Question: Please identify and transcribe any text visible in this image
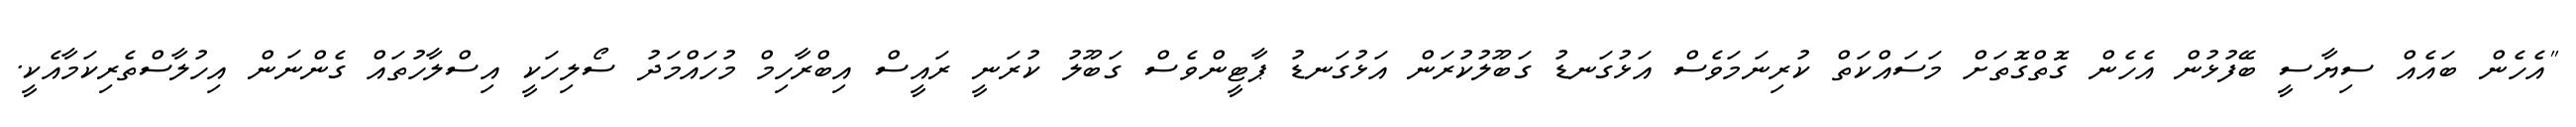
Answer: "އެހެން ބައެއް ސިޔާސީ ބޭފުޅުން އެހެން ގޮތްގޮތަށް މަސައްކަތް ކުރިނަމަވެސް އަޅުގަނޑު ގަބޫލުކުރަން އަޅުގަނޑު ޕާޓީންވެސް ގަބޫލު ކުރަނީ ރައީސް އިބްރާހިމް މުހައްމަދު ސޯލިހަކީ އިސްލާހުތައް ގެންނަން އިހުލާސްތެރިކަމާއެކީ.